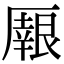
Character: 𠪼